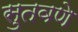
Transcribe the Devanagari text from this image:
सुतवणे